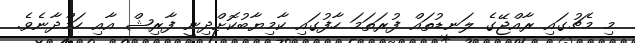
މި މެޗުގައި ރާއްޖޭގެ ލަނޑުތައް ފުރަތަމަ ހާފުގައި ކާމިޔާބުކޮށްދިނީ ފާރިޝް އާއި ހަމްދާނެވެ.